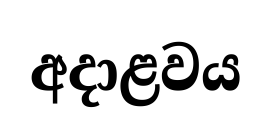
අදාළවය